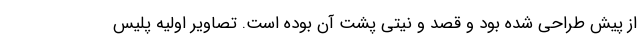
از پیش طراحی شده بود و قصد و نیتی پشت آن بوده است. تصاویر اولیه پلیس